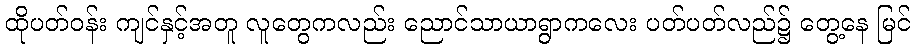
ထိုပတ်ဝန်း ကျင်နှင့်အတူ လူတွေကလည်း ညောင်သာယာရွာကလေး ပတ်ပတ်လည်၌ တွေ့နေ မြင်